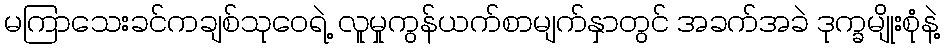
မကြာသေးခင်ကချစ်သုဝေရဲ့ လူမှုကွန်ယက်စာမျက်နှာတွင် အခက်အခဲ ဒုက္ခမျိုးစုံနဲ့